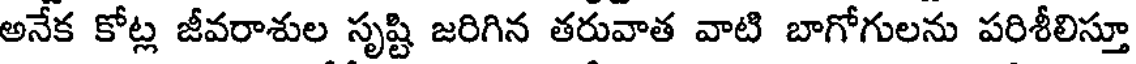
అనేక కోట్ల జీవరాశుల సృష్టి జరిగిన తరువాత వాటి బాగోగులను పరిశీలిస్తూ